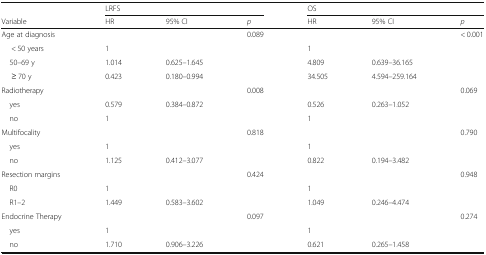
|  | <COLSPAN=3> LRFS | <COLSPAN=3> OS |
 | Variable | HR | 95% CI | p | HR | 95% CI | p |
 | --- | --- | --- | --- | --- | --- | --- |
 | Age at diagnosis |  |  | 0.089 |  |  | < 0.001 |
 | < 50 years | 1 |  |  | 1 |  |  |
 | 50–69 y | 1.014 | 0.625–1.645 |  | 4.809 | 0.639–36.165 |  |
 | ≥ 70 y | 0.423 | 0.180–0.994 |  | 34.505 | 4.594–259.164 |  |
 | Radiotherapy |  |  | 0.008 |  |  | 0.069 |
 | yes | 0.579 | 0.384–0.872 |  | 0.526 | 0.263–1.052 |  |
 | no | 1 |  |  | 1 |  |  |
 | Multifocality |  |  | 0.818 |  |  | 0.790 |
 | yes | 1 |  |  | 1 |  |  |
 | no | 1.125 | 0.412–3.077 |  | 0.822 | 0.194–3.482 |  |
 | Resection margins |  |  | 0.424 |  |  | 0.948 |
 | R0 | 1 |  |  | 1 |  |  |
 | R1–2 | 1.449 | 0.583–3.602 |  | 1.049 | 0.246–4.474 |  |
 | Endocrine Therapy |  |  | 0.097 |  |  | 0.274 |
 | yes | 1 |  |  | 1 |  |  |
 | no | 1.710 | 0.906–3.226 |  | 0.621 | 0.265–1.458 |  |